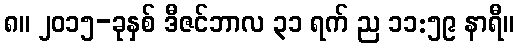
၈။ ၂၀၁၅-ခုနှစ် ဒီဇင်ဘာလ ၃၁ ရက် ည ၁၁:၅၉ နာရီ။